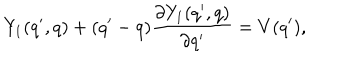
LaTeX: Y _ { 1 } ( q ^ { \prime } , q ) + ( q ^ { \prime } - q ) \frac { \partial Y _ { 1 } ( q ^ { \prime } , q ) } { \partial q ^ { \prime } } = V ( q ^ { \prime } ) ,